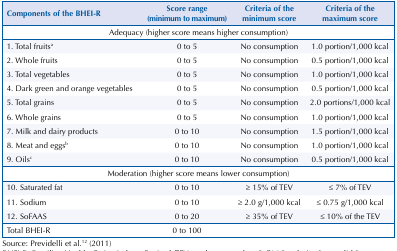
| Components of the BHEI-R | Score range (minimum to maximum) | Criteria of the minimum score | Criteria of the maximum score |
 | --- | --- | --- | --- |
 | <COLSPAN=4> Adequacy (higher score means higher consumption) |
 | 1. Total fruitsa | 0 to 5 | No consumption | 1.0 portion/1,000 kcal |
 | 2. Whole fruits | 0 to 5 | No consumption | 0.5 portion/1,000 kcal |
 | 3. Total vegetables | 0 to 5 | No consumption | 1.0 portion/1,000 kcal |
 | 4. Dark green and orange vegetables | 0 to 5 | No consumption | 0.5 portion/1,000 kcal |
 | 5. Total grains | 0 to 5 | No consumption | 2.0 portions/1,000 kcal |
 | 6. Whole grains | 0 to 5 | No consumption | 1.0 portion/1,000 kcal |
 | 7. Milk and dairy products | 0 to 10 | No consumption | 1.5 portion/1,000 kcal |
 | 8. Meat and eggsb | 0 to 10 | No consumption | 1.0 portion/1,000 kcal |
 | 9. Oilsc | 0 to 10 | No consumption | 0.5 portion/1,000 kcal |
 | <COLSPAN=4> Moderation (higher score means lower consumption) |
 | 10. Saturated fat | 0 to 10 | ≥ 15% of TEV | ≤ 7% of TEV |
 | 11. Sodium | 0 to 10 | ≥ 2.0 g/1,000 kcal | ≤ 0.75 g/1,000 kcal |
 | 12. SoFAAS | 0 to 20 | ≥ 35% of TEV | ≤ 10% of the TEV |
 | Total BHEI-R | 0 to 100 |  |  |